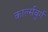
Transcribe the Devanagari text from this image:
कार्ल्सबुर्ग